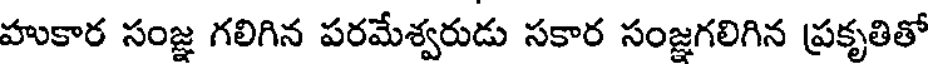
హుకార సంజ్ఞ గలిగిన పరమేశ్వరుడు సకార సంజ్ఞగలిగిన ప్రకృతితో